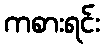
ကစားရင်း